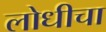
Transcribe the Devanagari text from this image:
लोधीचा